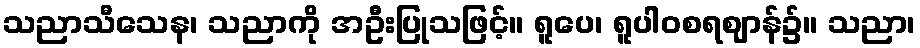
သညာသီသေန၊ သညာကို အဦးပြုသဖြင့်။ ရူပေ၊ ရူပါဝစရဈာန်၌။ သညာ၊